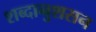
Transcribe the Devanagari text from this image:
शब्दानुशसन